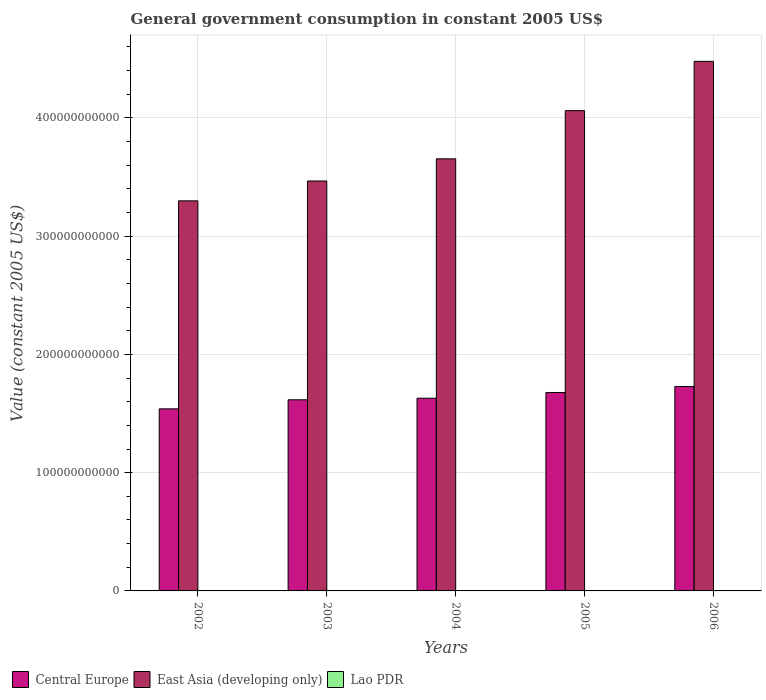
| Years | Central Europe | East Asia (developing only) | Lao PDR |
 | --- | --- | --- | --- |
 | 2002 | 1.54e+11 | 3.3e+11 | 1.55e+08 |
 | 2003 | 1.62e+11 | 3.47e+11 | 1.64e+08 |
 | 2004 | 1.63e+11 | 3.65e+11 | 1.79e+08 |
 | 2005 | 1.68e+11 | 4.06e+11 | 2.22e+08 |
 | 2006 | 1.73e+11 | 4.48e+11 | 2.48e+08 |